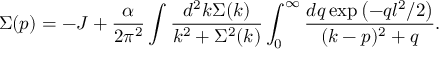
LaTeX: \Sigma ( p ) = - J + \frac { \alpha } { 2 \pi ^ { 2 } } \int \frac { d ^ { 2 } k \Sigma ( k ) } { k ^ { 2 } + \Sigma ^ { 2 } ( k ) } \int _ { 0 } ^ { \infty } \frac { d q \exp \left( - q l ^ { 2 } / 2 \right) } { ( k - p ) ^ { 2 } + q } .